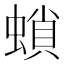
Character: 𧎫